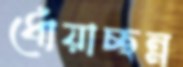
ধোঁয়াচ্ছন্ন